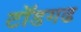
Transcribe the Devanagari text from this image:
टॉडगढ